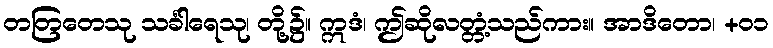
တတြတေသု သင်္ခါရေသု၊ တို့၌။ ဣဒံ၊ ဤဆိုလတ္တံ့သည်ကား။ အာဒိတော၊ +၀၁